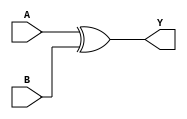
// 74x08 - Quad input XOR Gate.
module MOD_74x86_1 (
    input A,
    input B,
    output Y);

assign Y = A ^ B;

endmodule